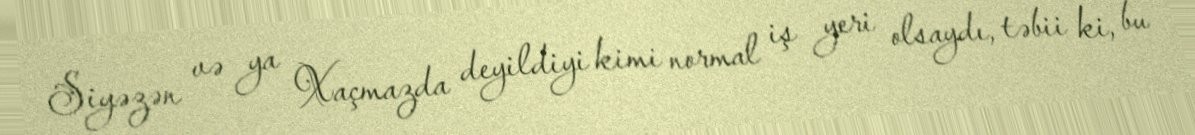
Siyəzən və ya Xaçmazda deyildiyi kimi normal iş yeri olsaydı, təbii ki, bu